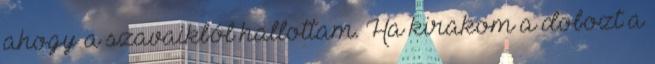
ahogy a szavaikból hallottam. Ha kirakom a dobozt a